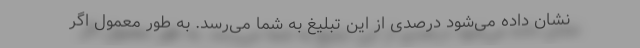
نشان داده می‌شود درصدی از این تبلیغ به شما می‌رسد. به طور معمول اگر